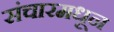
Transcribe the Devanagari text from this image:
संचारमधून